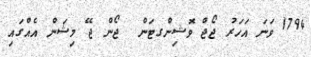
1794 ވަނަ އަހަރު ޖޯޖް ވޮޝިންގޓަން  ޖޯން ޖޭ މިޝަން އެއްގައި